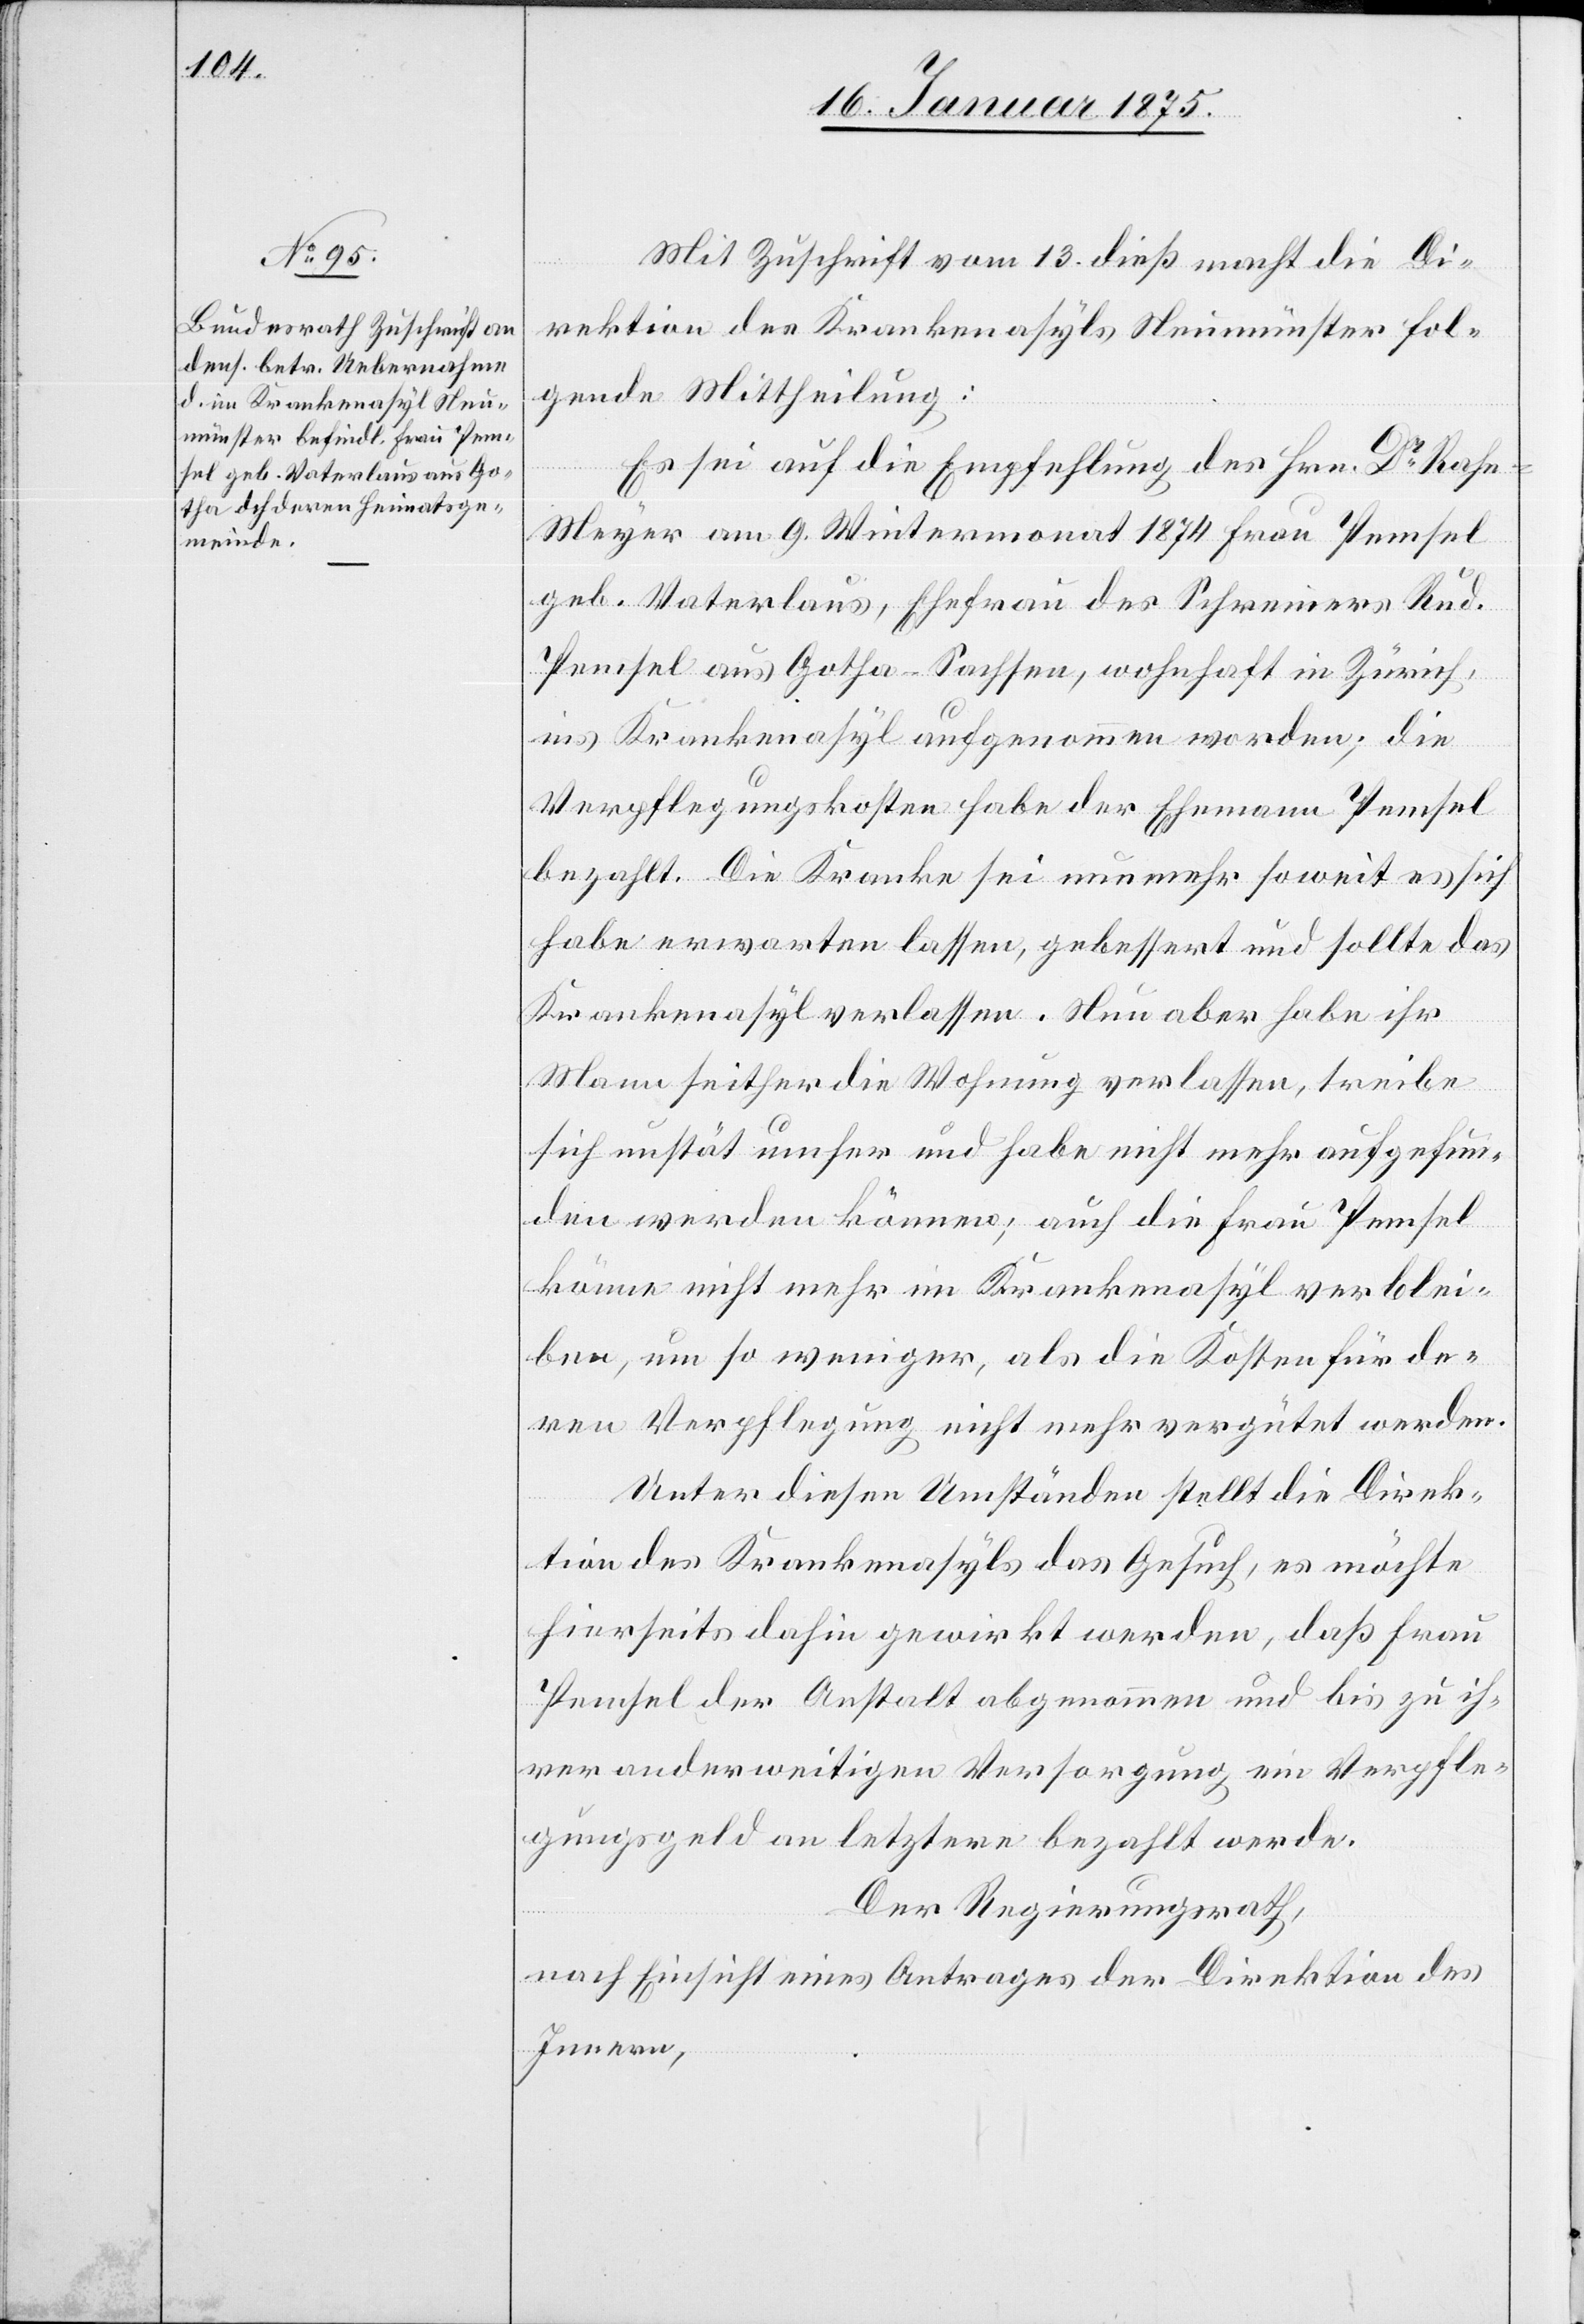
Mit Zuschrift vom 13. dieß macht die Di¬
rektion des Krankenasyls Neumünster fol¬
gende Mittheilung:
Es sei auf die Empfehlung des Hrn. Dr Rah¬
n-Meyer am 9. Wintermonat 1874 Frau Pemsel
geb. Vaterlaus, Ehefrau des Schreiners Rud.
Pensel aus Gotha-Sachsen, wohnhaft in Zürich,
ins Krankenasyl aufgenommen worden; die
Verpflegungskosten habe der Ehemann Pemsel
bezahlt. Die Kranke sei nunmehr soweit es sich
habe erwarten lassen, gebessert und sollte das
Krankenasyl verlassen. Nun aber habe ihr
Mann seither die Wohnung verlassen, treibe
sich unstät umher und habe nicht mehr aufgefun¬
den werden können; auch die Frau Pemsel
könne nicht mehr im Krankenasyl verblei¬
ben, um so weniger, als die Kosten für de¬
ren Verpflegung nicht mehr vergütet werden.
Unter diesen Umständen stellt die Direk¬
tion des Krankenasyls das Gesuch, es möchte
hierseits dahin gewirkt werden, daß Frau
Pemsel der Anstalt abgenommen und bis zu ih¬
rer anderweitigen Versorgung ein Verpfle¬
gungsgeld an letztere bezahlt werde.
Der Regierungsrath,
nach Einsicht eines Antrages der Direktion des
Innern,